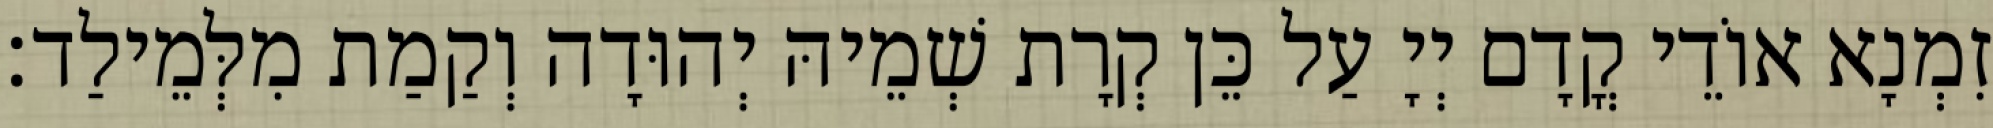
זִמְנָא אוֹדֵי קֳדָם יְיָ עַל כֵּן קְרָת שְׁמֵיהּ יְהוּדָה וְקַמַת מִלְּמֵילַד׃